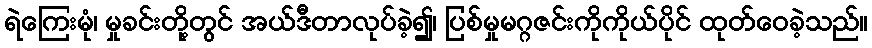
ရဲကြေးမုံ၊ မှုခင်းတို့တွင် အယ်ဒီတာလုပ်ခဲ့၍၊ ပြစ်မှုမဂ္ဂဇင်းကိုကိုယ်ပိုင် ထုတ်ဝေခဲ့သည်။